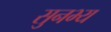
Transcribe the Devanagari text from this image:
सुनभ्य